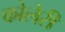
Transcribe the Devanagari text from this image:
कोलेरी